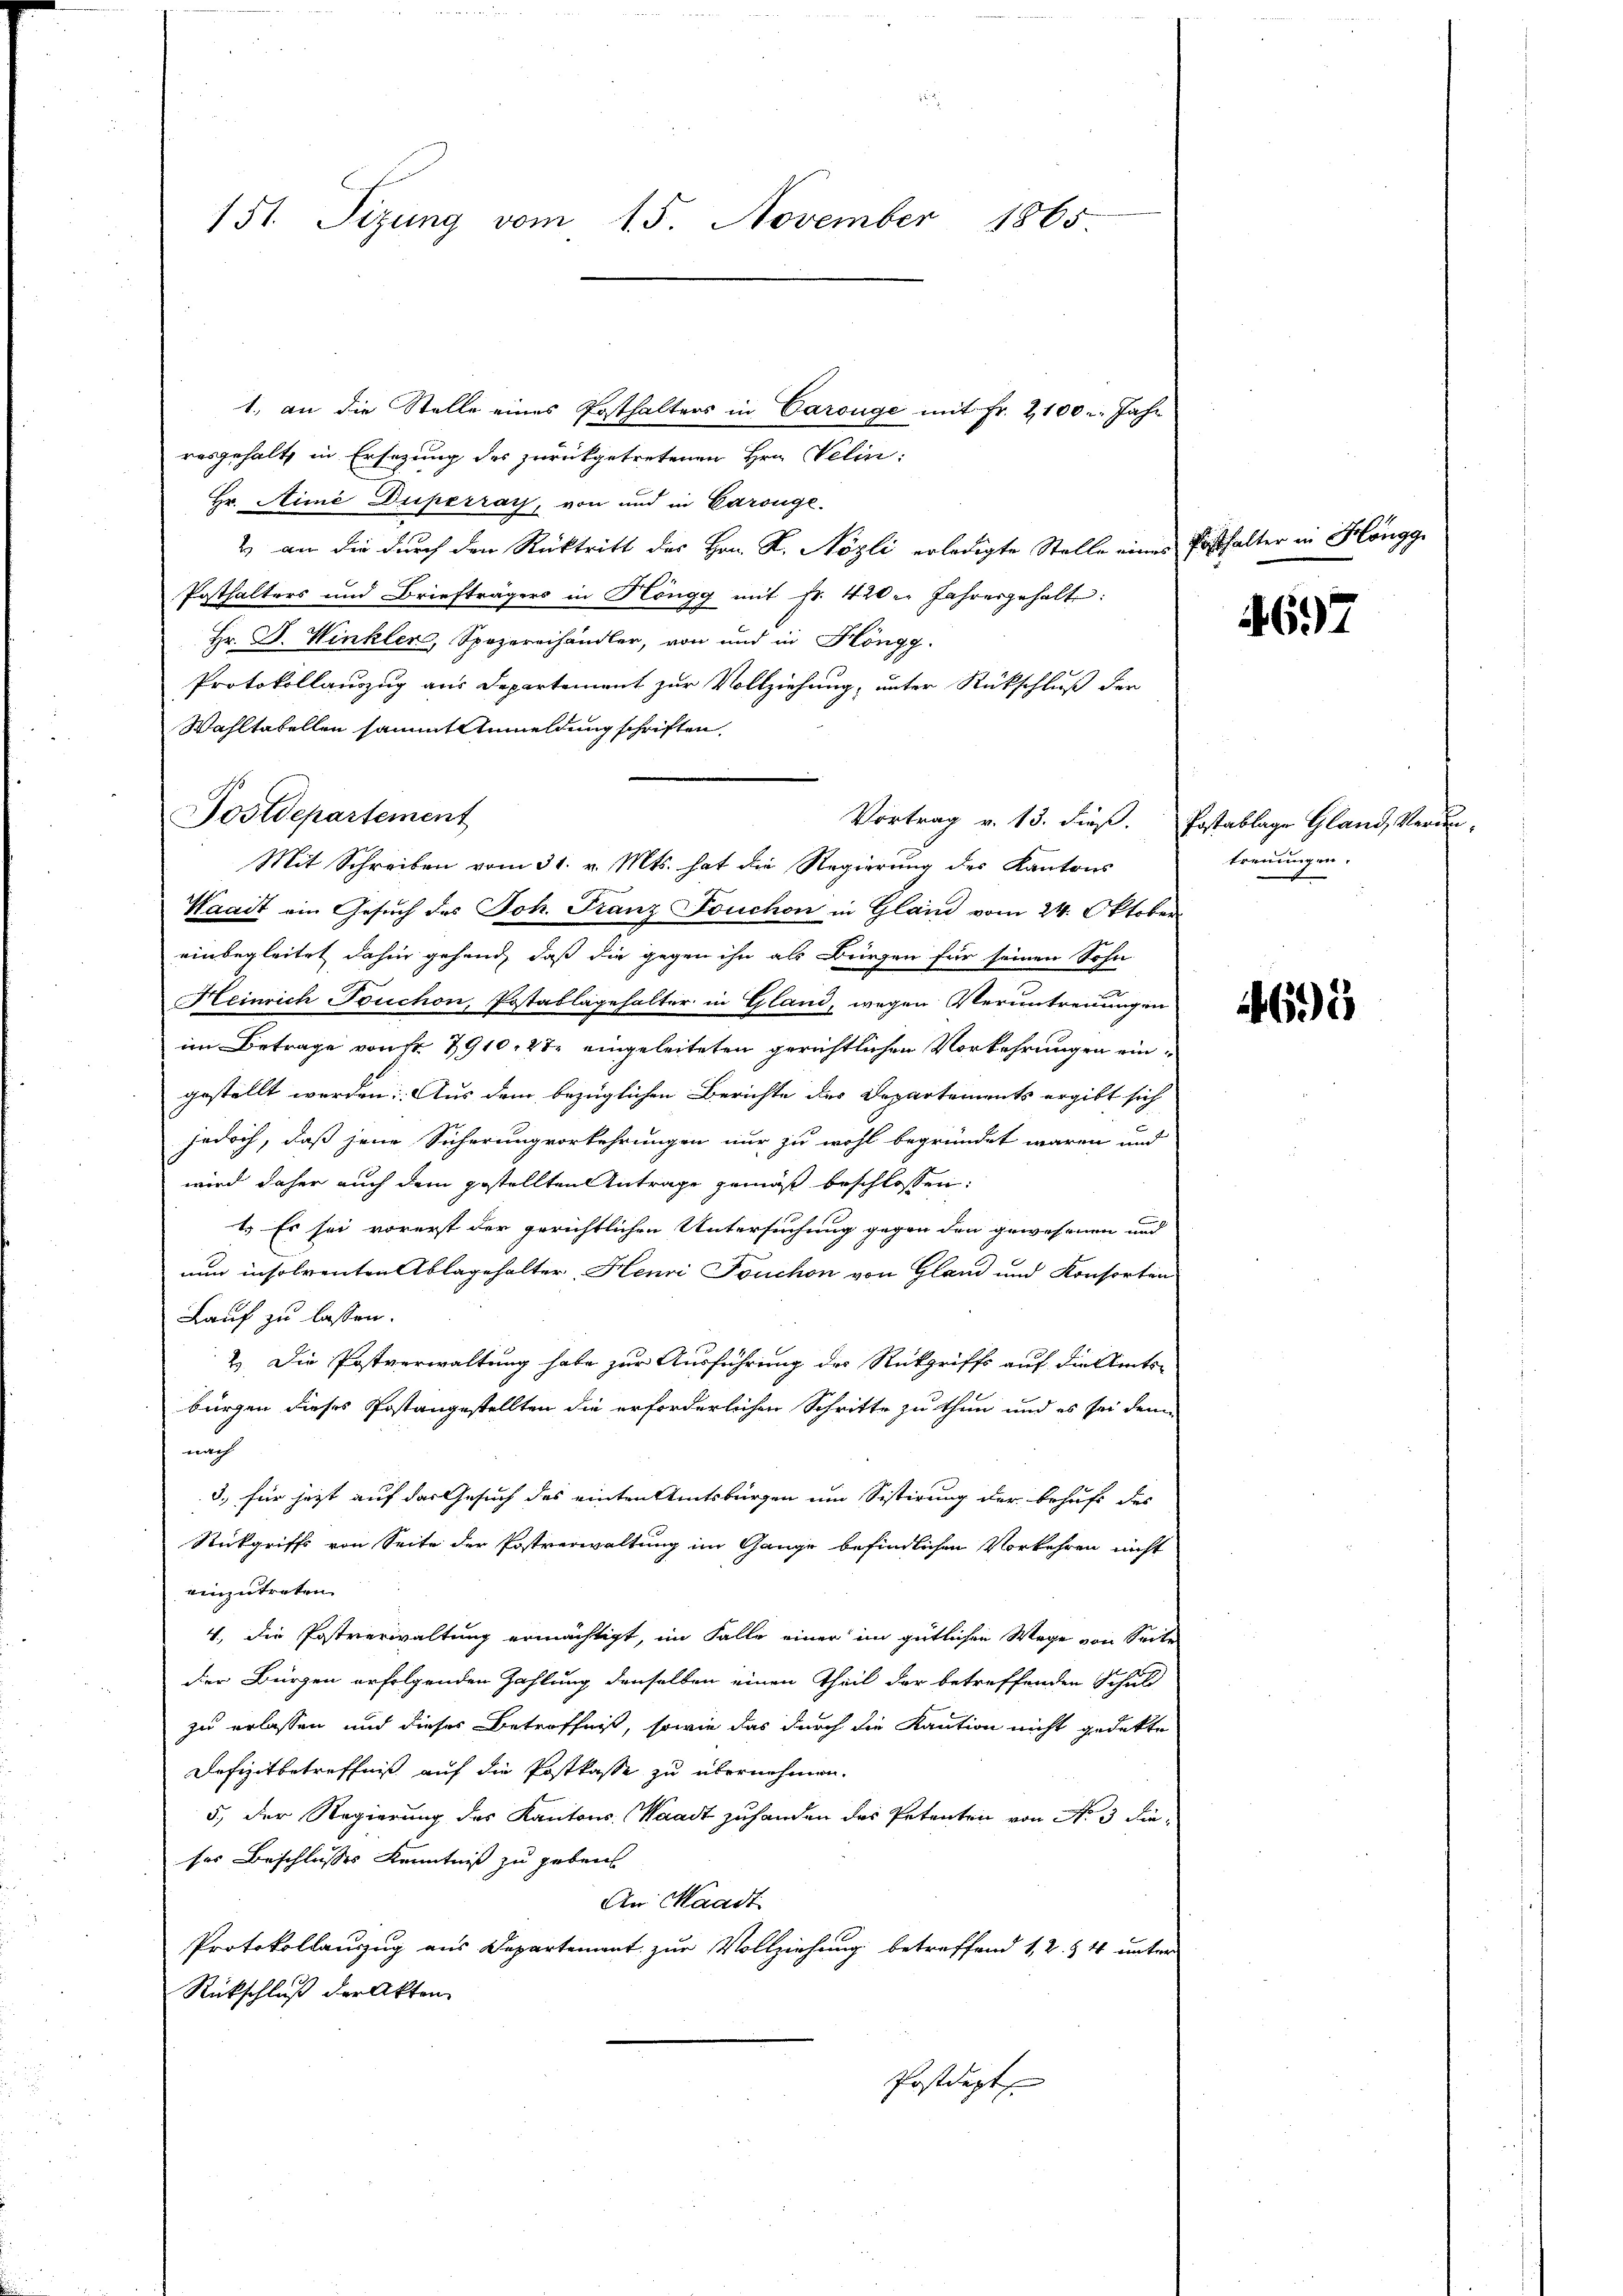
151. Sizung vom 15. November 1865

Postdepartement

1. an die Stelle eines Posthalters in Carouge mit Fr. 2100. Jahr
resgehalt in Ersatzung des zurückgetretenen Hrn. Velin:
Hr. Nime Duperrath, von und in Carouge.
2 an die durch den Rücktritt des Hrn. R. Nözli erledigte Stelle eines Posthalter in Höngg
Posthalters und Briefträgers in Höngg mit fr. 420. Jahresgehalt:
Hr. J. Winkler, Spezereihändler, von und in Höngg.
Protokollauszug aus Departement zur Vollziehung, unter Rückschluß der
Wahltatellen sammt Anmeldung schriften.
Waait ein Gesuch des Joh. Franz ouchon in Gland vom 24. Oktober
einbegleitet dahin gehend, daß die gegen ihn als Bürgen für seinen Sohn
Heinrich Touchon, Postablagehalter in Gland, wegen Veruntrennungen
im Betrage von fr. 7910, 27 eingeleiteten gerichtlichen Vorkehrungen eingestellt werden: Aus dem bezüglichen Berichte des Departements ergibt sich
jedoch, daß jene Sicherung vorkehrungen nur zu wohl begründet waren und
wird daher auch dem gestellten Antrage gemäß beschlossen:
1.) Es sei vorerst der gerichtlichen Untersuchung gegen den gewesenen und
nun insolventen Ablagehalter, Henri Fouchon von Gland und Konsorten
Lauf zu lassen.
2 Die Postverwaltung habe zur Ausführung der Rückgriffs auf die Amtsbürgen dieses Postangestellten die erforderlichen Schritte zu thun und es sei den
nach
3. für jetzt auf das Gesuch des einten Amtsbürgen um Sistirung der behufs des
Rickgriffs von Seite der Postverwaltung im Gange befindlichen Vorkehren nicht
einzutreten.
4. Die Postverwaltung ermächtigt, im Falle einer im gütlichen Wege von Seite
der Bürgen erfolgenden Zahlung denselben einen Theil der betreffenden Schuld
zu erlassen und dieses Betreffniß, sowie das durch die Kaution nicht gedekte
Defizitbetreffniß auf die Postkasse zu übernehmen.
5, der Regierung des Kantons Waadt zuhanden das Petenten von No 3 dieses Beschlusses Kenntniß zu geben
An Waadt
Protokollauszug aus Departement zur Vollziehung betreffend 1, 2. § 4 unter
Rückschluß der Akten
Postdept

Mit Schreiben vom 31. v. Mts. hat die Regierung des Kantons

4697

Vortrag v. 13. dieß. Postablage Gland, Verun
trennungen.

4691